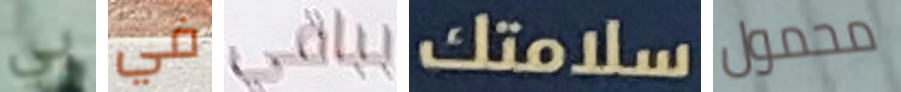
بي في بباقي سلامتك محمول